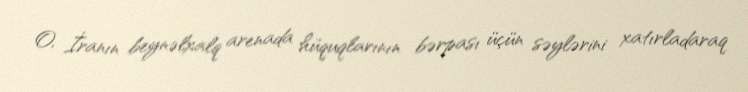
O, İranın beynəlxalq arenada hüquqlarının bərpası üçün səylərini xatırladaraq